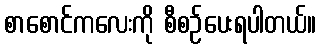
စာစောင်ကလေးကို စီစဉ်ပေးရပါတယ်။